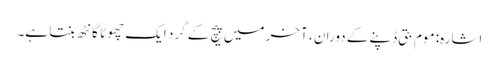
اشارہ: موم بتی ڈپنے کے دوران ، آخر میں پیچ کے گرد ایک چھوٹا گانٹھ بنتا ہے۔